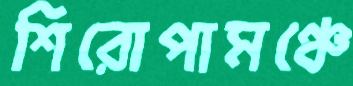
শিরোপামঞ্চে